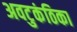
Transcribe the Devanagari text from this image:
अवटुकंठिका